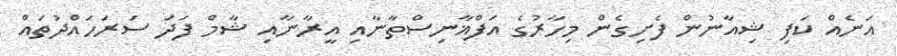
އަނެއް ކަފި ޝިއާނުން ފެށިގެން މިހާރުގެ އަފްޣާނިސްތާނާއި އީރާނާއި ޝާމް ފަދަ ސަރަހައްދުތައް